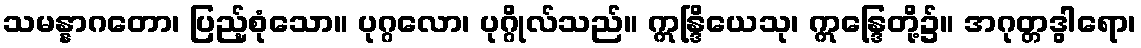
သမန္နာဂတော၊ ပြည့်စုံသော။ ပုဂ္ဂလော၊ ပုဂ္ဂိုလ်သည်။ ဣန္ဒြိယေသု၊ ဣန္ဒြေတို့၌။ အဂုတ္တဒွါရော၊